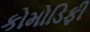
કોમોડિફી